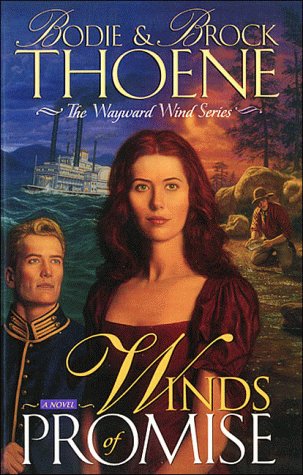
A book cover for Winds of Promise (The Wayward Wind Series); Bodie Thoene; Religion & Spirituality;